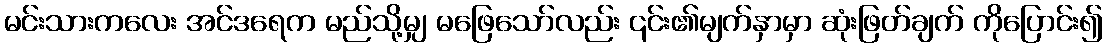
မင်းသားကလေး အင်ဒရေက မည်သို့မျှ မဖြေသော်လည်း ၎င်း၏မျက်နှာမှာ ဆုံးဖြတ်ချက် ကိုပြောင်း၍